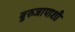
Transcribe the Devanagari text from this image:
बुरुजापाशी